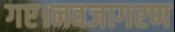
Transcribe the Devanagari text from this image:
गए।नवजागरण